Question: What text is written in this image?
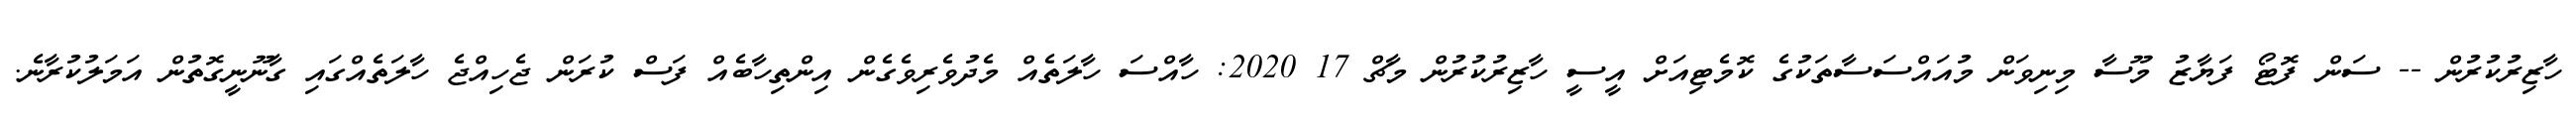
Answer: ހާޒިރުކުރުން -- ސަން ފޮޓޯ ފަޔާޒު މޫސާ މިނިވަން މުއައްސަސާތަކުގެ ކޮމެޓިއަށް އީސީ ހާޒިރުކުރުން މާޗް 17 2020: ހާއްސަ ހާލަތެއް މެދުވެރިވެގެން އިންތިހާބެއް ފަސް ކުރަން ޖެހިއްޖެ ހާލަތެއްގައި ގާނޫނީގޮތުން އަމަލުކުރާނެ.